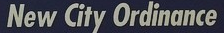
New City Ordinance